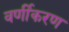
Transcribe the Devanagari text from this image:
वर्णीकरण